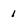
Character: 1